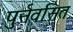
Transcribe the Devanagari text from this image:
पुर्नवसित